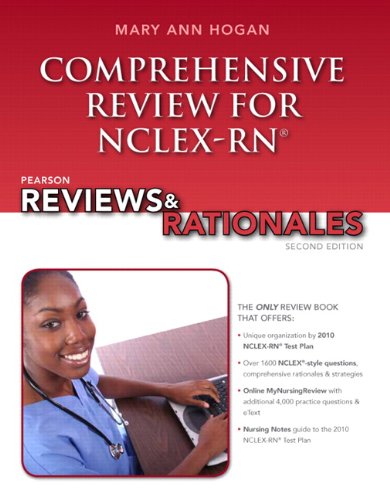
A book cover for Pearson Reviews & Rationales: Comprehensive Review for NCLEX-RN (2nd Edition) (MyNursingReviews Series); MaryAnn Hogan; Test Preparation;